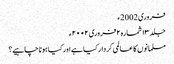
فروری 2002ء
جلد ۱۳ شمارہ۲ فروری ۲۰۰۲ء
مسلمانوں کا عالمی کردار کیا ہے اور کیا ہونا چاہیے؟